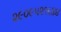
૨૯૦૯૫૨૧૬૪૪